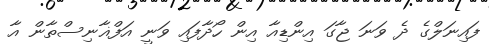
ފައިނަލްގެ ދެ ވަނަ ޖާގަ އިންޑިއާ އިން ހޯދާފައި ވަނީ އަފްޣާނިސްތާން އާ